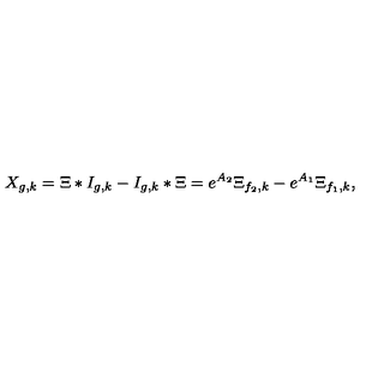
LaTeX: X _ { g , k } = \Xi \ast I _ { g , k } - I _ { g , k } \ast \Xi = e ^ { A _ { 2 } } \Xi _ { f _ { 2 } , k } - e ^ { A _ { 1 } } \Xi _ { f _ { 1 } , k } ,